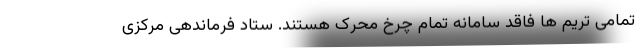
تمامی تریم ها فاقد سامانه تمام چرخ محرک هستند. ستاد فرماندهی مرکزی